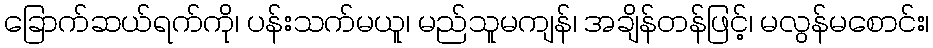
ခြောက်ဆယ်ရက်ကို၊ ပန်းသက်မယူ၊ မည်သူမကျန်၊ အချိန်တန်ဖြင့်၊ မလွန်မစောင်း၊